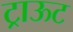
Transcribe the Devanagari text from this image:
ट्राऊट